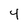
Character: 4